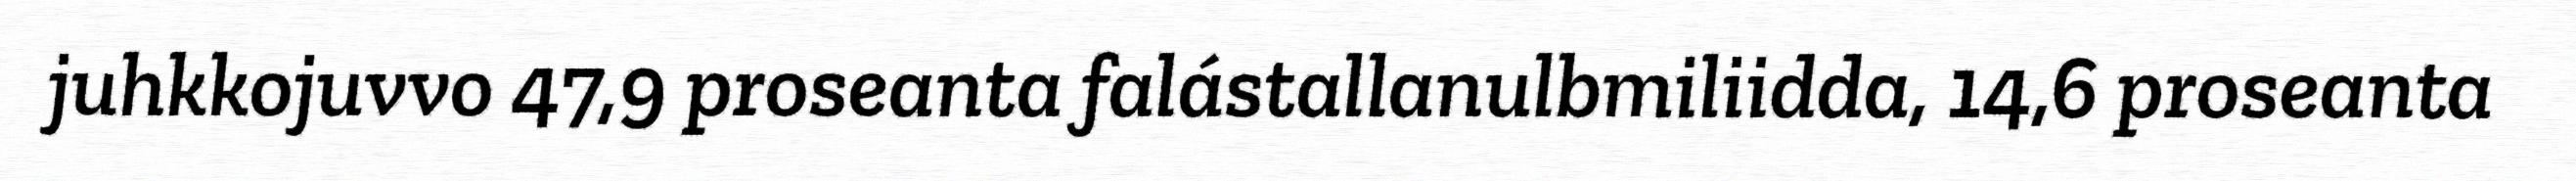
juhkkojuvvo 47,9 proseanta falástallanulbmiliidda, 14,6 proseanta